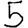
Digit: 5